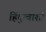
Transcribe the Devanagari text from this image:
हिंदुत्वाशी